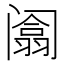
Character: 𰿻